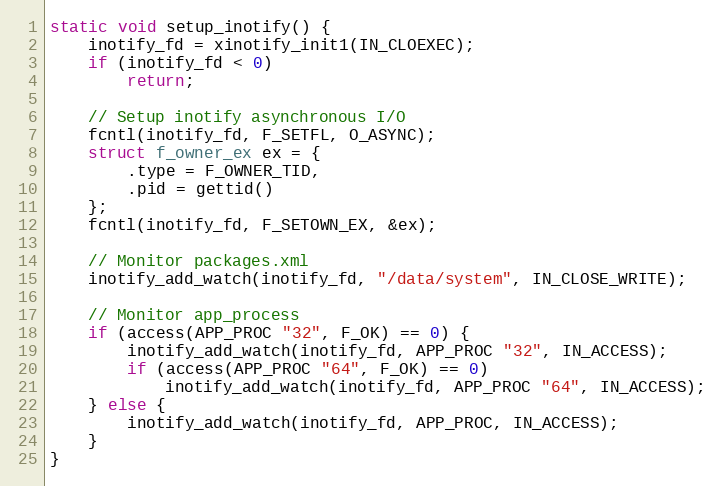
Language: C++
static void setup_inotify() {
    inotify_fd = xinotify_init1(IN_CLOEXEC);
    if (inotify_fd < 0)
        return;

    // Setup inotify asynchronous I/O
    fcntl(inotify_fd, F_SETFL, O_ASYNC);
    struct f_owner_ex ex = {
        .type = F_OWNER_TID,
        .pid = gettid()
    };
    fcntl(inotify_fd, F_SETOWN_EX, &ex);

    // Monitor packages.xml
    inotify_add_watch(inotify_fd, "/data/system", IN_CLOSE_WRITE);

    // Monitor app_process
    if (access(APP_PROC "32", F_OK) == 0) {
        inotify_add_watch(inotify_fd, APP_PROC "32", IN_ACCESS);
        if (access(APP_PROC "64", F_OK) == 0)
            inotify_add_watch(inotify_fd, APP_PROC "64", IN_ACCESS);
    } else {
        inotify_add_watch(inotify_fd, APP_PROC, IN_ACCESS);
    }
}